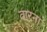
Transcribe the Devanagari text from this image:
वारना